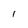
Character: 1